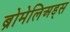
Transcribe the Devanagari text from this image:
ब्रोमेलिअड्स